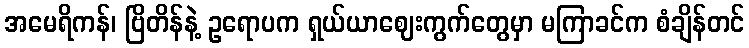
အမေရိကန်၊ ဗြိတိန်နဲ့ ဥရောပက ရှယ်ယာဈေးကွက်တွေမှာ မကြာခင်က စံချိန်တင်